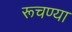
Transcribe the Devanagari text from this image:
रूचण्या